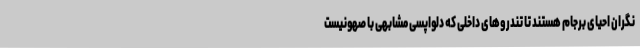
نگران احیای برجام هستند تا تندروهای داخلی که دلواپسی مشابهی با صهونیست